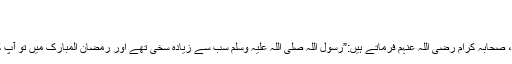
“
آپ صلی اللہ علیہ وَسلم کی سخاوت
جود و سخا میں بھی آپ سب سے آگے ہیں، صحابہ کرام رضی اللہ عنہم فرماتے ہیں:”رسول اللہ صلی اللہ علیہ وسلم سب سے زیادہ سخی تھے اور رمضان المبارک میں تو آپ کی جود و سخا کا سمندر ٹھاٹھیں مارتا تھا۔